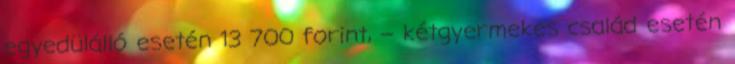
egyedülálló esetén 13 700 forint, – kétgyermekes család esetén